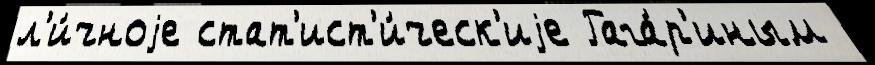
л'и́чноjе стат'ист'и́ческ'иjе Гага́р'иным